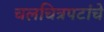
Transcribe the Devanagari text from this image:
चलचित्रपटांचे